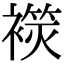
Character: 𧜬